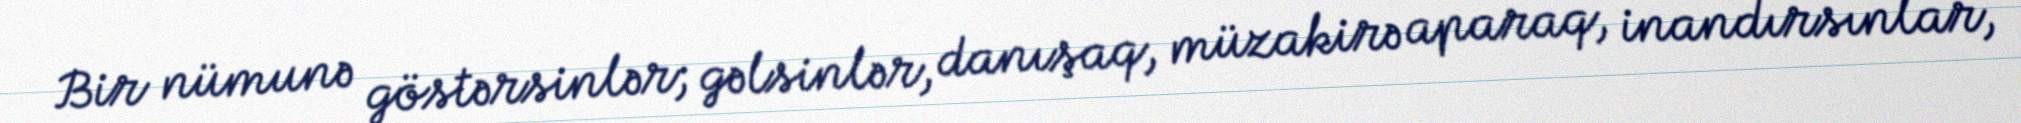
Bir nümunə göstərsinlər; gəlsinlər, danışaq, müzakirə aparaq, inandırsınlar,